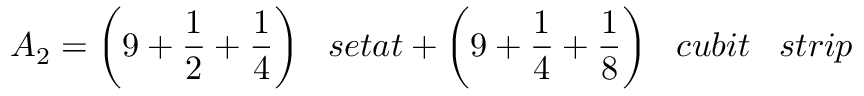
A _ { 2 } = { \bigg ( } 9 + { \frac { 1 } { 2 } } + { \frac { 1 } { 4 } } { \bigg ) } \; \; \; s e t a t + { \bigg ( } 9 + { \frac { 1 } { 4 } } + { \frac { 1 } { 8 } } { \bigg ) } \; \; \; c u b i t \; \; \; s t r i p